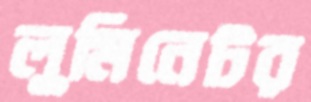
লুমিনেটর